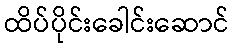
ထိပ်ပိုင်းခေါင်းဆောင်